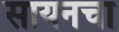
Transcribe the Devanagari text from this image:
सायनचा